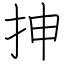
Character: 抻